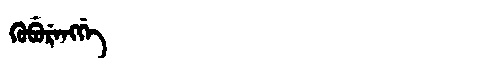
Manchu: ᡴᡠᠪᡠᡵᡝᠩᡤᡝ
Romanization: KUBURENGGE